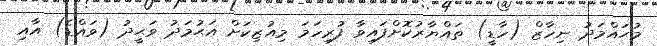
މުޙައްމަދު ނިހާޒް (ހާޑީ) ތައްޔާރުކޮށްފައިވާ ފުރިހަމަ މިއުޒިކަށް އަޙުމަދު ވަޙީދު (ވައްޑެ) އާއި